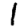
Digit: 1